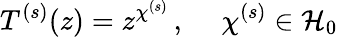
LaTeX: T^{(s)}(z)=z^{\chi^{(s)}}\, ,~~~~~\chi^{(s)}\in{\cal H}_{0}